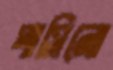
পাসিনো